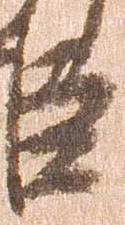
臣